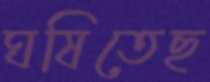
ঘষিতেছ